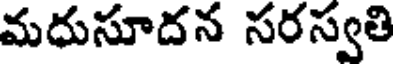
మధుసూదన సరస్వతి